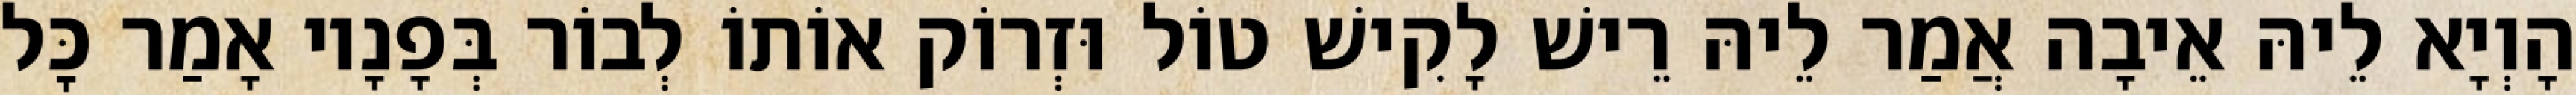
הָוְיָא לֵיהּ אֵיבָה אֲמַר לֵיהּ רֵישׁ לָקִישׁ טוֹל וּזְרוֹק אוֹתוֹ לְבוֹר בְּפָנָיו אָמַר כׇּל